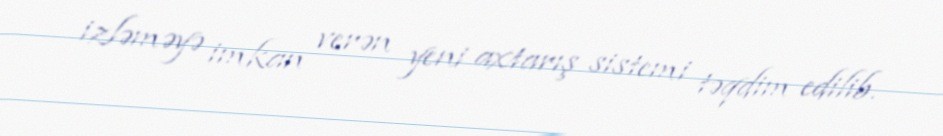
izləməyə imkan verən yeni axtarış sistemi təqdim edilib.